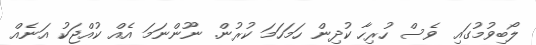
ލޯބިވުމުގައި ވެސް ހުރިހާ ކުދިން ހަމަހަމަ ކުރުން. ނޫންނަމަ އެއް ކުއްޖަކު އަނެއް